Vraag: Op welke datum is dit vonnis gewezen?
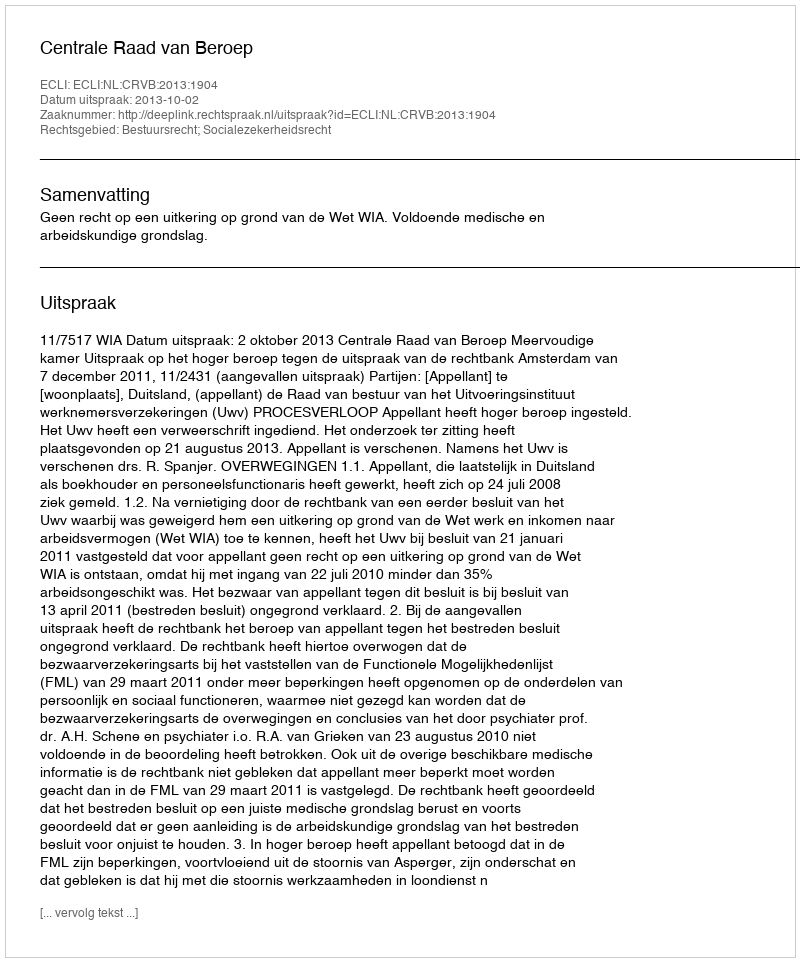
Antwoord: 2013-10-02